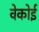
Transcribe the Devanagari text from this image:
वेकोई